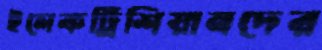
ইলেকট্রিশিয়ানদের